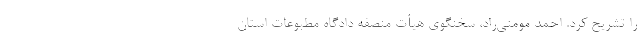
را تشریح کرد. احمد مومنی‌راد، سخنگوی هیأت منصفه دادگاه مطبوعات استان